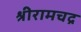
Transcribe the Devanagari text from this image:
श्रीरामचद्र